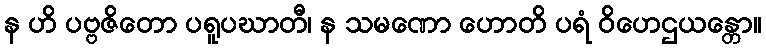
န ဟိ ပဗ္ဗဇိတော ပရူပဃာတီ၊ န သမဏော ဟောတိ ပရံ ဝိဟေဌယန္တော။